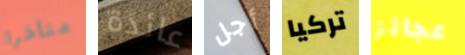
متأخرا عائدة أجل تركيا عجائز